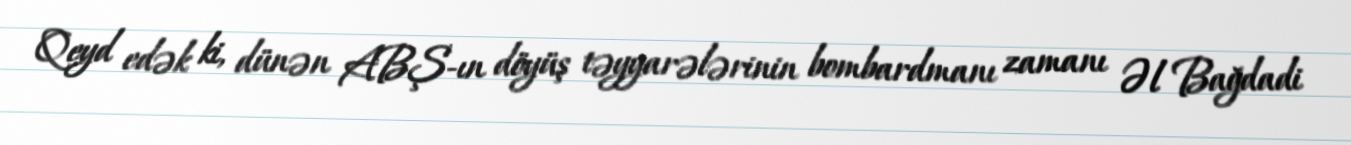
Qeyd edək ki, dünən ABŞ-ın döyüş təyyarələrinin bombardmanı zamanı Əl Bağdadi